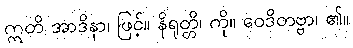
ဣတိ အာဒိနာ၊ ဖြင့်။ နိရုတ္တိ၊ ကို။ ဝေဒိတဗ္ဗာ၊ ၏။